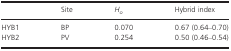
|  | Site | Ho | Hybrid index |
 | --- | --- | --- | --- |
 | HYB1 | BP | 0.070 | 0.67 (0.64–0.70) |
 | HYB2 | PV | 0.254 | 0.50 (0.46–0.54) |